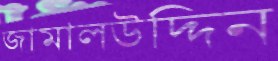
জামালউদ্দিন